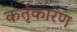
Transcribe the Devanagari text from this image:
कर्तृकारण